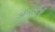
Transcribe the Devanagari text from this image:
अन्तर्गर्भ